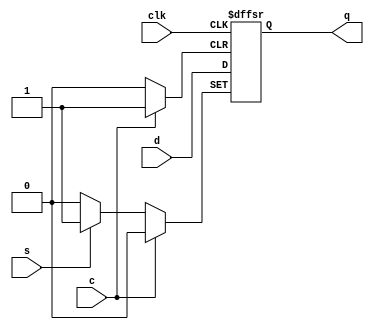
module fj_dff_ecs(q, d, clk, c, s);
output  q; 
input   d, clk, c, s;
        reg q;
	always @(posedge clk or posedge s or posedge c) begin
		if (c)
		  	q <= #1 1'b0;
		else if (s)
		  	q <= #1 1'b1;
		else
                   	q <= #1 d;
        end
endmodule